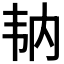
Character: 𩏼